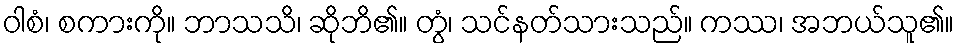
ဝါစံ၊ စကားကို။ ဘာသသိ၊ ဆိုဘိ၏။ တွံ၊ သင်နတ်သားသည်။ ကဿ၊ အဘယ်သူ၏။